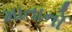
માતાનો